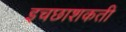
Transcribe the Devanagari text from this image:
इचछाशकती